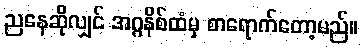
ညနေဆိုလျှင် အဂ္ဂနိစ်ထံမှ စာရောက်တော့မည်။